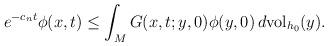
LaTeX: \begin{align*} e^{-c_nt}\phi(x,t)&\leq \int_M G(x,t;y,0) \phi(y,0) \,d\mathrm{vol}_{h_0}(y). \end{align*}